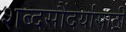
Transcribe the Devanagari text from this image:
शब्दसौंदर्यासाठी